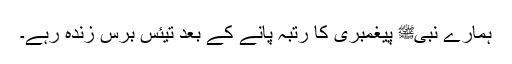
ہمارے نبیﷺ پیغمبری کا رتبہ پانے کے بعد تیئس برس زندہ رہے۔